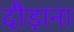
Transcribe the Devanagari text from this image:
दौड़ाना